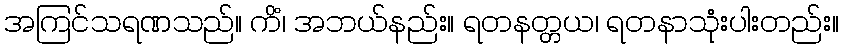
အကြင်သရဏသည်။ ကိံ၊ အဘယ်နည်း။ ရတနတ္တယ၊ ရတနာသုံးပါးတည်း။